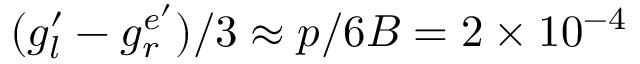
( g _ { l } ^ { \prime } - g _ { r } ^ { e ^ { \prime } } ) / 3 \approx p / 6 B = 2 \times 1 0 ^ { - 4 }